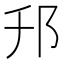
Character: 䢴